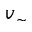
v _ { \sim }